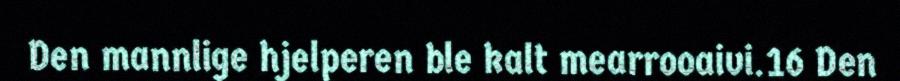
Den mannlige hjelperen ble kalt mearrooaivi.16 Den